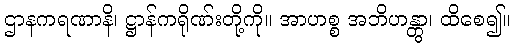
ဌာနကရဏာနိ၊ ဋ္ဌာန်ကရိုဏ်းတို့ကို။ အာဟစ္စ အဘိဟန္တွာ၊ ထိစေ၍။